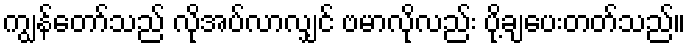
ကျွန်တော်သည် လိုအပ်လာလျှင် ဗမာလိုလည်း ပို့ချပေးတတ်သည်။